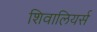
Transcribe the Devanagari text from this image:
शिवालियर्स